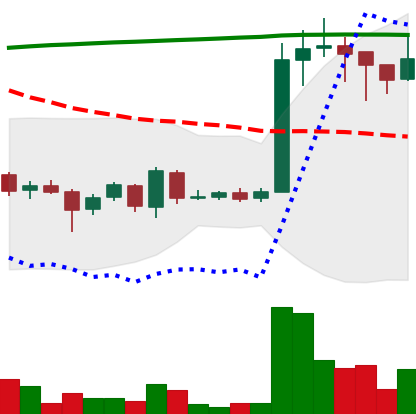
Ticker: EOS-USD
Chart end date: 2018-04-17
Forward return: 33.372%
Label: up_7plus